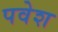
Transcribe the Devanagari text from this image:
पवेश